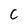
Character: C